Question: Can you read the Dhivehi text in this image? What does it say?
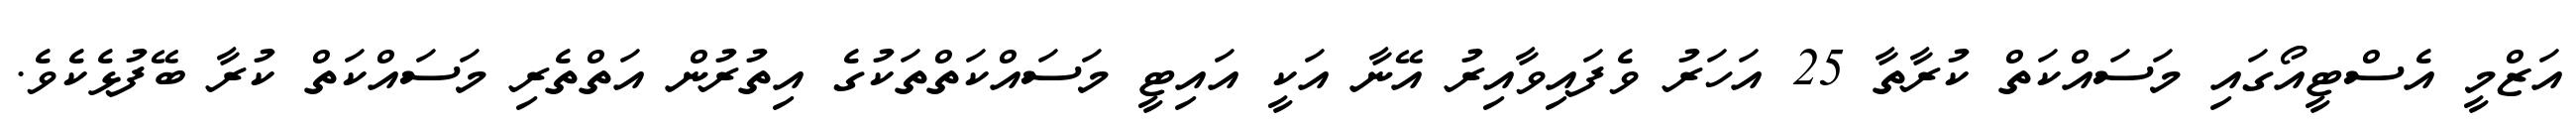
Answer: އަޒްމީ އެސްޓީއޯގައި މަސައްކަތް ކުރާތާ 25 އަހަރު ވެފައިވާއިރު އޭނާ އަކީ އައިޓީ މަސައްކަތްތަކުގެ އިތުރުން އަތްތެރި މަސައްކަތް ކުރާ ބޭފުޅެކެވެ.